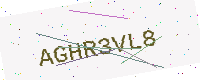
Text: AGHR3VL8